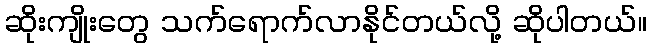
ဆိုးကျိုးတွေ သက်ရောက်လာနိုင်တယ်လို့ ဆိုပါတယ်။